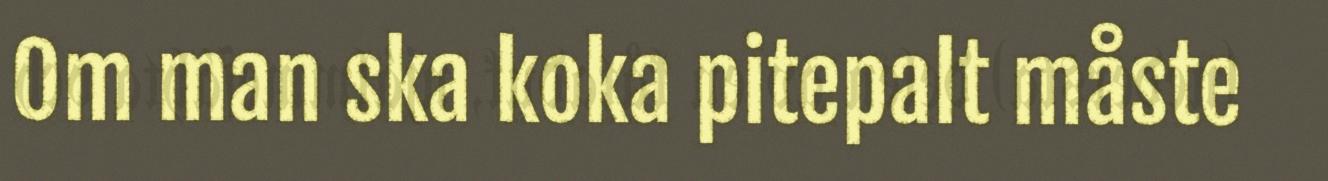
Om man ska koka pitepalt måste